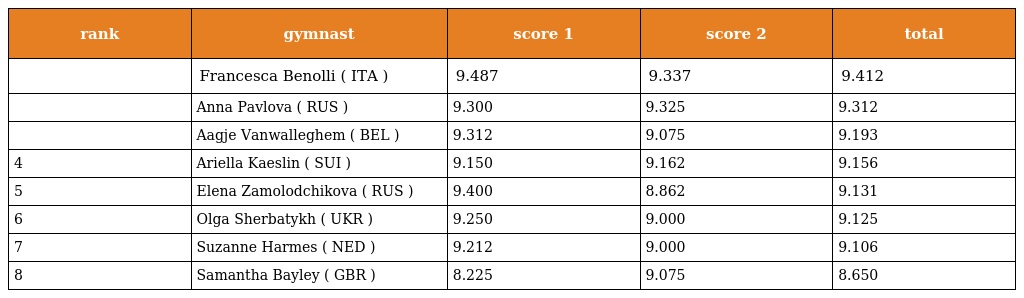
| rank | gymnast | score 1 | score 2 | total |
 | --- | --- | --- | --- | --- |
 |  | Francesca Benolli ( ITA ) | 9.487 | 9.337 | 9.412 |
 |  | Anna Pavlova ( RUS ) | 9.300 | 9.325 | 9.312 |
 |  | Aagje Vanwalleghem ( BEL ) | 9.312 | 9.075 | 9.193 |
 | 4 | Ariella Kaeslin ( SUI ) | 9.150 | 9.162 | 9.156 |
 | 5 | Elena Zamolodchikova ( RUS ) | 9.400 | 8.862 | 9.131 |
 | 6 | Olga Sherbatykh ( UKR ) | 9.250 | 9.000 | 9.125 |
 | 7 | Suzanne Harmes ( NED ) | 9.212 | 9.000 | 9.106 |
 | 8 | Samantha Bayley ( GBR ) | 8.225 | 9.075 | 8.650 |